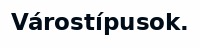
Várostípusok.